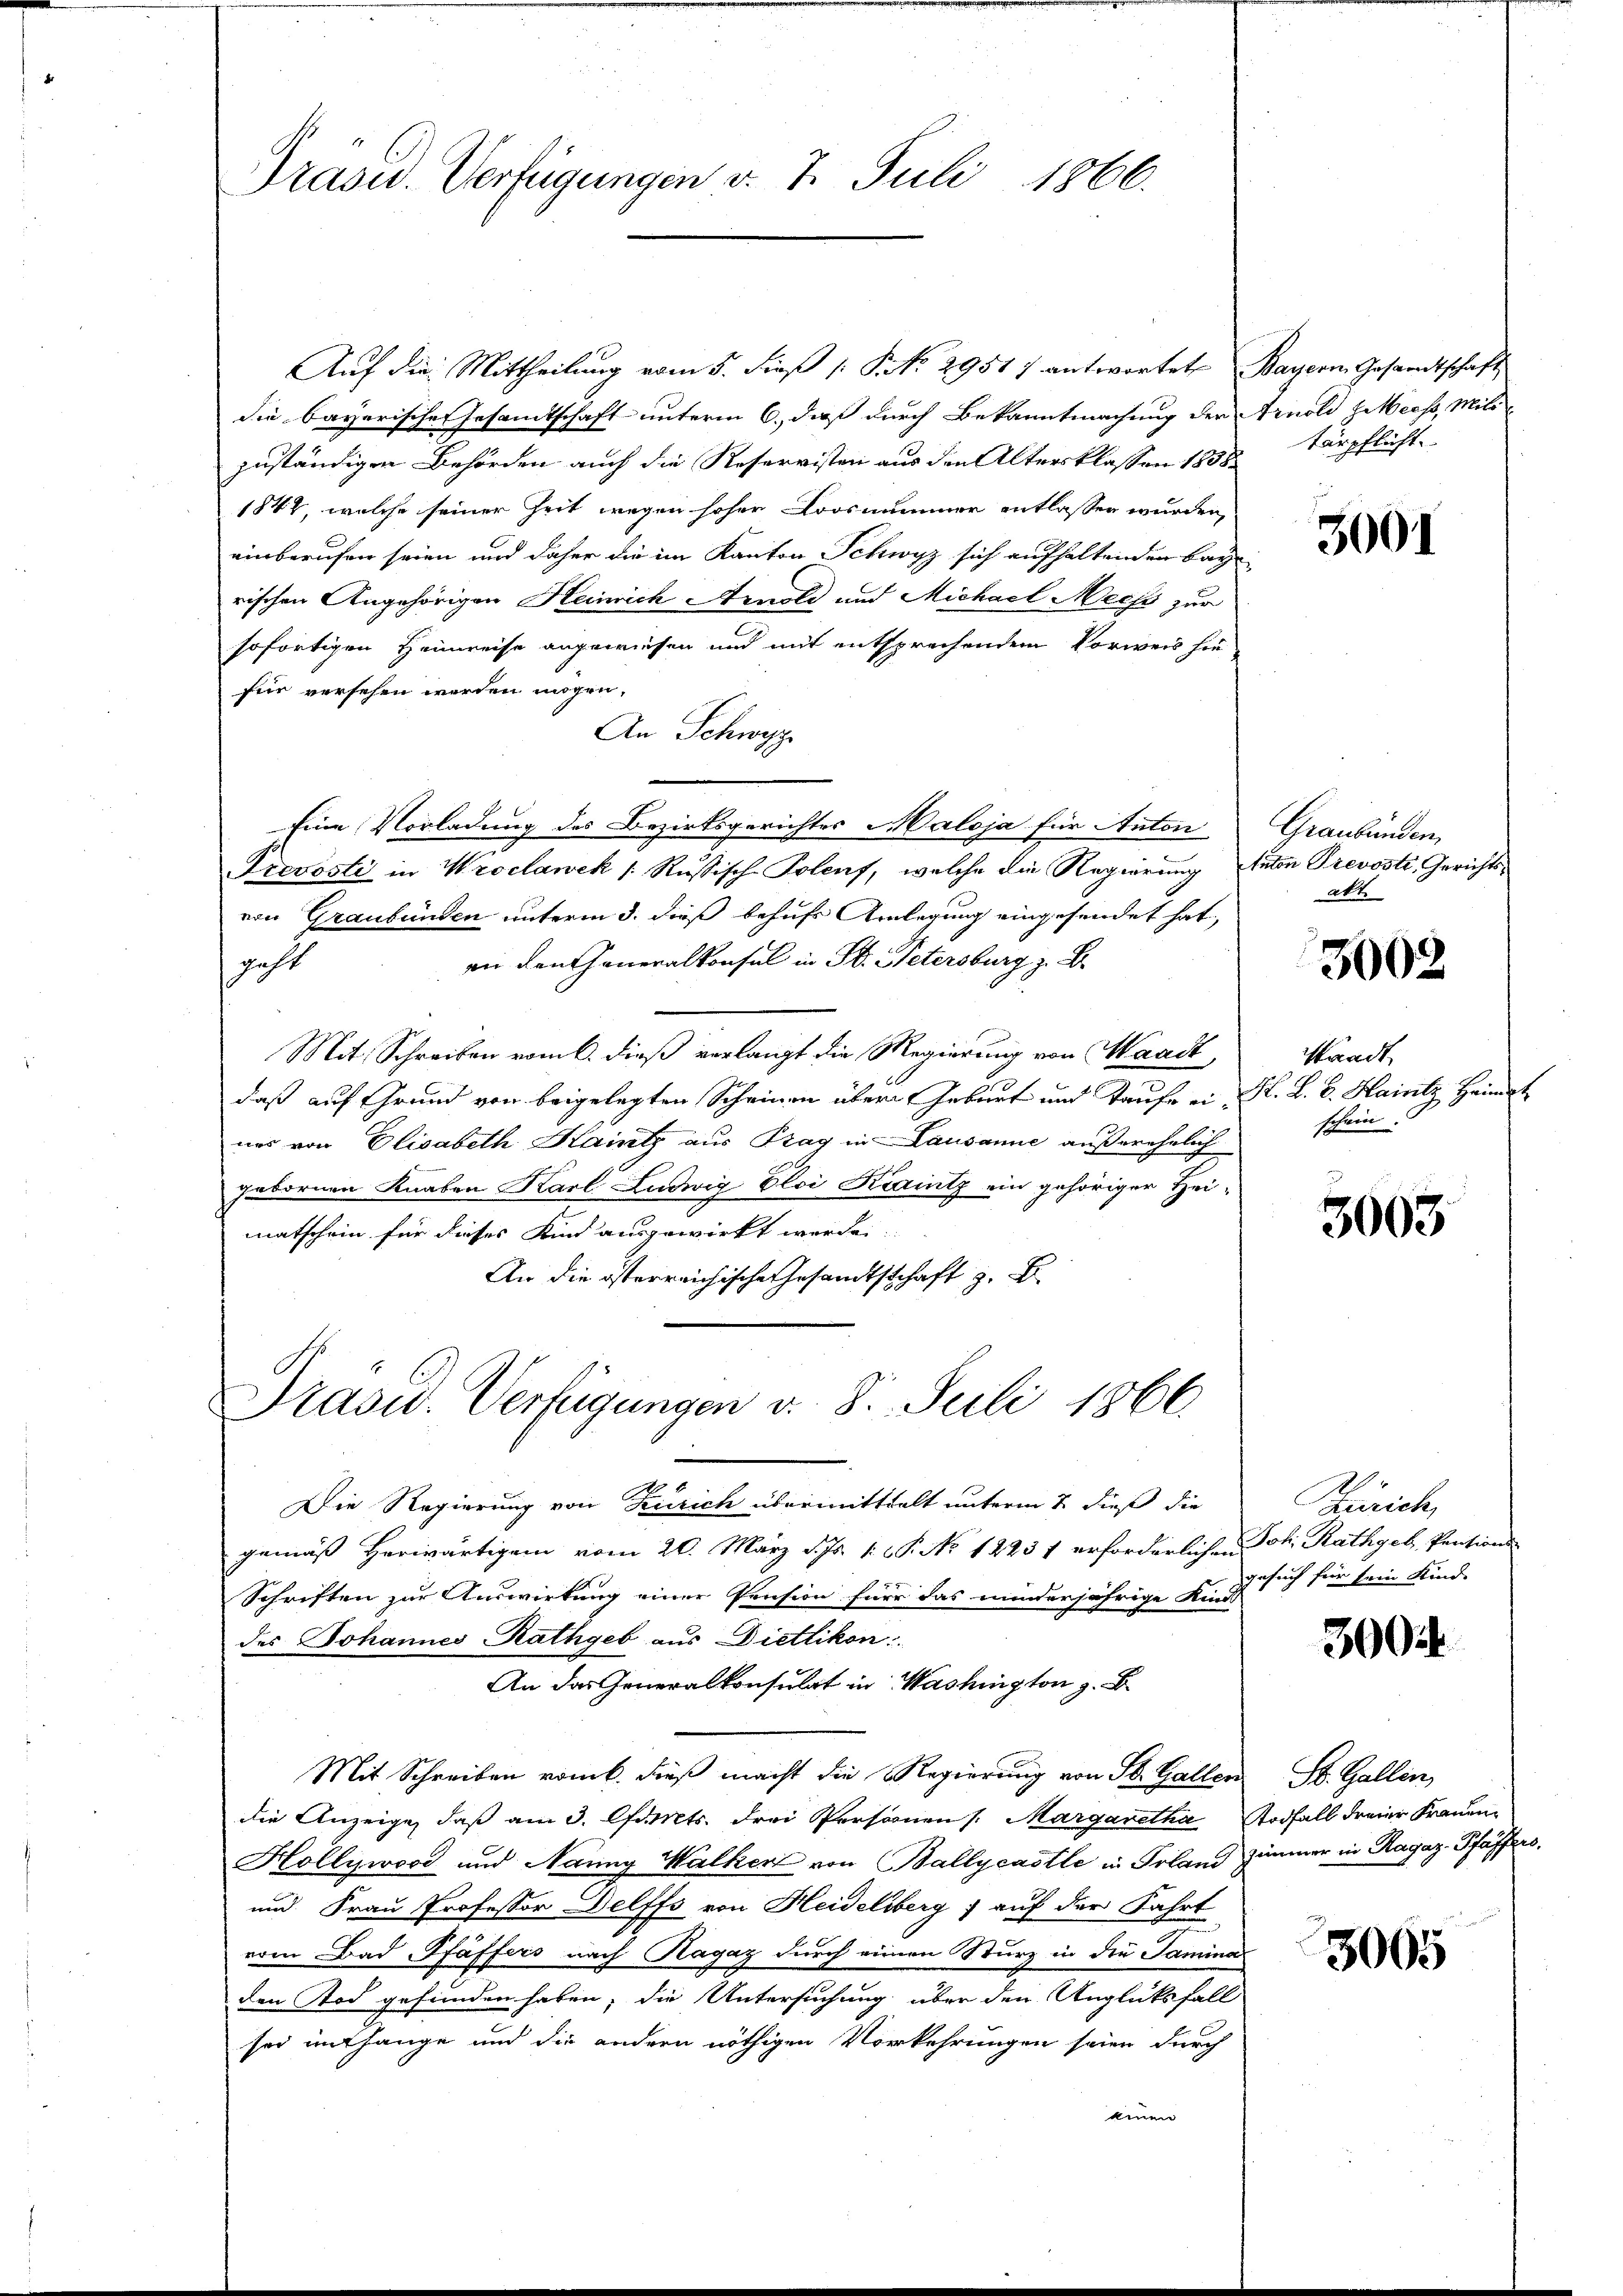
Auf die Mittheilung vom 5. dieß [ P. No. 29517 antwortet Bayern Gesandtschaft
die bayerische Gesamtschaft unterm 6. daß durch Bekanntmachung der Arnold Sees, Mitt
zuständigen Behörden auch die Reservisten aus den Altersklassen 1858.
1842, welche seiner Zeit wegen hoher Loosnummer entlassen wurden,
einberufen seien und daher die im Kanton Schwyz sich aufhaltenden Bayrischen Angehörigen Heinrich Arnold und Michael Mees zur
sofortigen Heimreise angewiesen und mit entsprechendem Vorweis hie
für versehen werden mögen,
An Schwyz
Eine Vorladung des Bezirksgerichtes Maloja für Anton
Prevosti in Wroclawek /: Russisch-Polens, welche die Regierung Anton Prevosti, Gerichtsvon Graubünden unterm 3. dieß behufs Anlegung eingesendet hat,
an den Generalkonsul in St. Petersburg z. B.
geht
Mit. Schreiben vom 6. dieß verlangt die Regierung von Waadt,
daß auf Grund von beigelegten Scheinen über Geburt und Taufe ein M. L. v. Hainz Heimat
nes von Elisabeth Saintz aus Prag in Lausanne außerehelich
gebornen Knaben Karl Ludwig Eloi Kraintz ein gehöriger Heimatschein für dieses Kind ausgewirkt werden.
An die österreichische Gesandtschaft z. B
Prasur. Verfügungen v. 8. Juli 1866

Drasu. Verfügungen v. 7. Juli 1866.

Die Regierung von Zürich übermittelt unterm 7. dieß die
gemäß herwärtigen vom 20. März d. Js. 1. P. No 12237 erforderlichen Joh. Rathgeb, Pensions-
Schriften zur Auswirkung einer Pension für das minderjährige Kind
des Johannes Rathgeb aus Dietlikon:
An das Generalkonsulat in Washington z. B.
Mit Schreiben vom k. dieß macht die Regierung von St. Gallen
die Anzeige, daß am 3. Carts. drei Personen [Margaretha, Todfall freier Frauen
Hollywood und Nanny Walker von Ballycastle in Poland Zimmer in Ragaz Pfäffers,
und Frau Professor Delffs von Heideliberg) auf der Fahrt
vom Bad Pfäffers nach Ragaz durch einen Sturz in die Saminal
den Tod gefunden haben; die Untersuchung über den Unglücksfall
sei enthange und die andern nöthigen Vorkehrungen seien durch
einen

tärpflicht.

3001

Graubünden.
akt.

3002

Standt
schein.

3003.

Zürich,
gesuch für sein Kind.

3004

St. Gallen,

3005